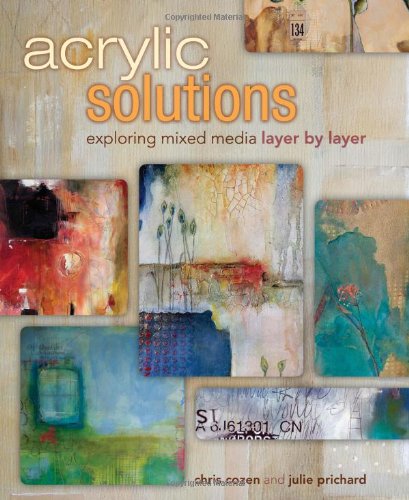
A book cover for Acrylic Solutions: Exploring Mixed Media Layer by Layer; Chris Cozen; Arts & Photography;